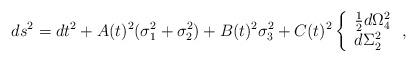
LaTeX: \begin{align*}ds^2=dt^2+A(t)^2(\sigma_1^2+\sigma_2^2)+B(t)^2\sigma_3^2+C(t)^2 \left\{\begin{array}{l}{{1}\over{2}}d\Omega_4^2\\d\Sigma_2^2\end{array}\right. ,\end{align*}